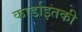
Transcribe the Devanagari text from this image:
कार्डाइतकी